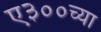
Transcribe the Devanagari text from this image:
ए३००च्या